Calcutta medical institutions reports 1879-81 [i.e.91]
Year: 1879
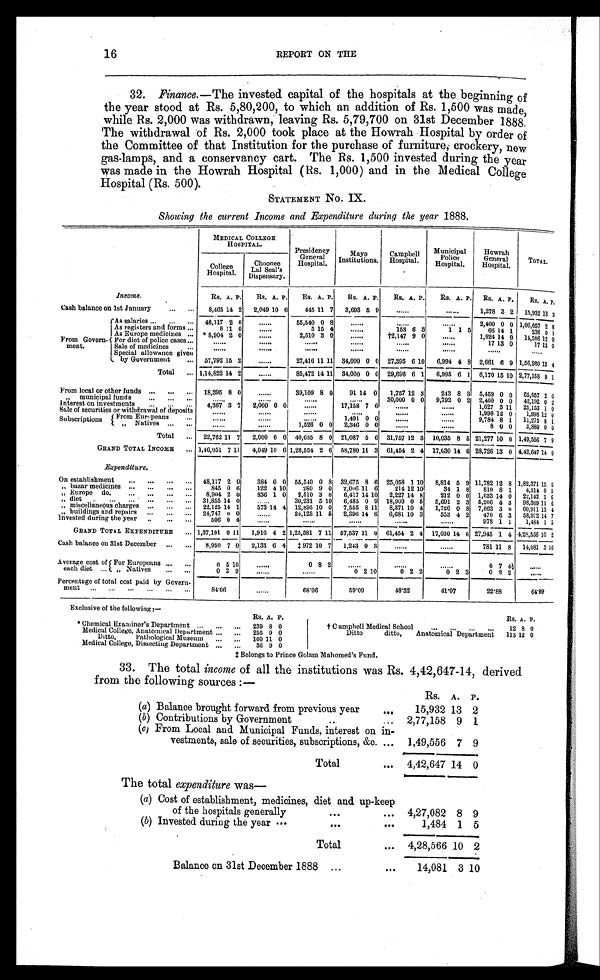
16
REPORT ON THE
32. Finance. —The invested capital of the hospitals at the beginning of
the year stood at Rs. 5,80,200, to which an addition of Rs. 1,500 was made,
while Rs. 2,000 was withdrawn, leaving Rs. 5,79,700 on 31st December 1888.
The withdrawal of Rs. 2,000 took place at the Howrah Hospital by order of
the Committee of that Institution for the purchase of furniture; crockery, new
gas-lamps, and a conservancy cart. The Rs. 1,500 invested during the year
was made in the Howrah Hospital (Rs. 1,000) and in the Medical College
Hospital (Rs. 500).
STATEMENT No. IX.
Showing the current Income and Expenditure during the year 1888.
MEDICAL COLLEGE
HOSPITAL.
Presidency
General
Hospital.
Mayo
Institutions.
Campbel
Hospital.
Municipal
Police
Hospital.
Howrah
General
Hospital.
TOTAL.
College
Hospital.
Choonee
Lal Seal's
Dispensary.
Income.
R S . A. P. RS. A. P. RS. A. P. RS. A. P. RS. A. P.
RS. A. P. RS. A. P.
Rs. A . P .
Cash balance on 1st January
...
. . . 8,465 14 2 2,049 10 6
445 11 7 3,693 5 9
......
. . . . . .
1,278 3 2 15,932 13 2
From Govern-
ment.
As salaries ...
.. ... 48,117 2 0
. . . . . .
55,540 0 8
. . . . . .
. . . . . .
. . . . . .
2,400 0 0 1,06,057 2 8
As registers and forms ...
8 1 1 0
. . . . . .
5 15 4
. . . . . .
153 6 3
1 1 5
66 14 1
236 0 1
AsEurope medicines ...
*8,904 2 0
. . . . . .
2,510 3 0
. . . . . .
†2,147 9 0
. . . . . .
1,024 14 0 14,586 12 0
For diet of police cases ...
. . . . . .
. . . . . .
. . . . . .
. . . . . .
. . . . . .
17 13 0
17 13 0
Sale of medicines ...
. . . . . .
. . . . . .
. . . . . .
. . . . . .
. . . . . .
. . . . . .
. . . . . .
Special allowance given
by Government
... 57,792 15 2
......
27,416 11 11 34,000 0 0 27,395 6 10 6,994 4 8 2,661 6 9 1,56,260 13 4
Total ... 1,14,822 14 2
......
85,472 14 11 34,000 0 0 29,696 6 1 6,995 6 1 6,170 15 10 2,77,158 9 1
From local or other funds ... ... ... 18,395 8 0
. . . . . .
39,109 8 0
91
1 4 0 1,757 12 3
243 8 3 5,459 0 0 65,057 2 6
" municipal funds
... ...
. . .
. . . . . .
. . . . . .
. . . . . .
. . . . . .
30,000 0 0 9,792 0 2 2,400 0 0 42,192 0 2
Interest on investments ...
. . .
. . 4,367 3 7 2,000 0 0
. . . . . .
17,158 7 6
. . . . . .
1,627 5 11 25,153 1 0
Sale of securities or withdrawal of deposits
. . . . . .
. . . . . .
. . . . . .
. . . . . .
. . . . . .
. . . . . .
1,998 12 0 1,998 12 0
Subscriptions From Europeans . . .
. . . . . .
. . . . . .
. . . . . .
1,491 0 0
. . . . . .
. . . . . .
9,784 8 1 11,275 8 1
"
Natives .... . . .
. . . . . .
. . . . . .
1,526 0 0 2,346 0 0
. . . . . .
. . . . . .
8 0 0 3,880 0 0
Total ... 22,762 11 7 2,000 0 0 40,635 8 0 21,087 5 6 31,757 12 3 10,035 8 6 21,277 10 0 1,49,556 7 9
GRAND TOTAL INCOME ... 1,46,051 7 11 4,049 10 6 1,26,554 2 6 58,780 11 3 61,454 2 4 17,030 14 6 28,726 13 0 4,42,647
1 4
0
Expenditure.
On establishment ... ... ... ... 48,117 2 0
384 0 0 55,540 0 8 32,675 8 6 25,058 1 10 8,814 5 9 11,782 12 8 1,82,371 15 5
„" bazar medicines ... ... ... ...
845 0 6
122 4 10
280 9 0 2,006 11 6
214 12 10
34 1 8 810 8 1 4,314 0 5
" Europe do.
... ... ... ... 8,904 2 0
836 1 0 2,510 3 0 6,417 14 10 2,227 14 8
212 0 0 1,033 14 0 22,142 1 6
" diet .. ... ... ... ... ... 31,855 14 0
. . . . . .
.
30,231 5 10 6,485 0 9 18,900 0 6 5,691 2 3 5,206 4 3 98,369 11 6
„" miscellaneous charges ... ... ... 22,125 14 1
573 14 4 12,895 10 0 7,555 8 11 8,371 10 4 1,726 0 8 7,663 3 0 60,911 13 4
„" buildings and repairs ... ... ... 24,747 0 0
. . . . . .
24,123 11 5 2,396 14 6 6,681 10 3
553 4 2 470 6 3 58,972 14 7
Invested during the year ..
... . . .
506 0 4
. . . . . .
. . . . . .
. . . . . .
. . . . . .
. . . . . .
978 1 1 1,484 1 5
GRAND TOTAL EXPENDITURE ... 1,37,101 0 11 1,916 4 2 1,25,581 7 11 57,537 11 0 61,454 2 4 17,030 14 6 27,945 1 4 4,28,586 10 2
Cash balance on 31st December ...
. . . 8,950
7
0 2,133 6 4 ‡ 972 10 7 1,243 0 3
. . . . . .
. . . . . .
781 11 8 14,081 3 1 0
Average cost of
each diet ...
For Europeans ... ...
0 5 10
......
0 8 2
. . . . . .
. . . . . .
. . . . . .
0 7 4 1 / 2
......
" Natives
... ...
0 2 9
. . . . . .
. . . . . .
0 2 10
0 2 2
0 2 3
0 2 2
. . . . . .
Percentage of total cost paid by Govern -
ment
84.06
. . . . . .
68.06
59.09
48.32
41.07
22.88
64.89
Exclusive of the following—
RS. A. P.
R S . A. P.
Chemical Examiner's Department ... ...
. . . 239 8 0
† Campbell Medical School
... ... ... . . .
12 8 0
Medical College, Anatomical Department ... ... 255 9 0
Ditto
ditto, Anatomical Department 113 12 0
Ditto,
Pathological Museum ... . . . 160 11 0
Medical College, Dissecting Department ... ...
36 9 0
‡ B e l o n g s t o P r i n c e G o l a m M a h o m e d ' s F u n d .
33. The total income of all the institutions was Rs. 4,42,647-14, derived
from the following sources :—
_RS.
A. P.
(a) Balance brought forward from previous year
. . .
15,932 13 2
(b) Contributions by Government
..
... 2,77,158 9 1
(c) From Local and Municipal Funds, interest on in -
vestments, sale of securities, subscriptions, &c. ...
1,49,556 7 9
Total
... 4,42,647 14 0
The total expenditure was
—
(a) Cost of establishment, medicines, diet and up-keep
of the hospitals generally
...
... 4,27,082 8 9
(b) Invested during the year ...
...
. . .
1,484 1 5
Total
... 4,28,566 10 2
Balance on 31st December 1888 ...
. . .
14,081
3
10